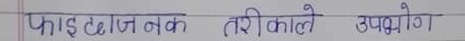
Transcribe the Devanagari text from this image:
फाइदाजनक तरिकाले उपयोग